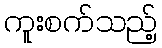
ကူးစက်သည့်